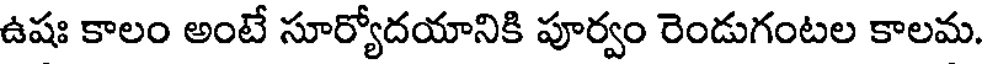
ఉషః కాలం అంటే సూర్యోదయానికి పూర్వం రెండుగంటల కాలమ.